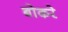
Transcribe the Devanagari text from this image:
बोकरे